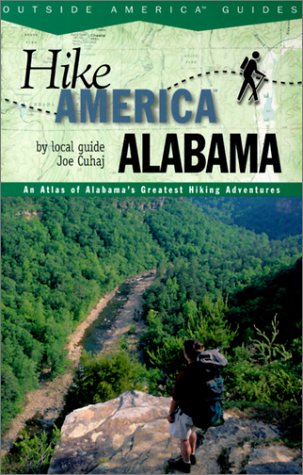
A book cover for Hike Alabama: An Atlas of Alabama's Greateast Hiking Adventures (Hike America Series); Joe Cuhaj; Travel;